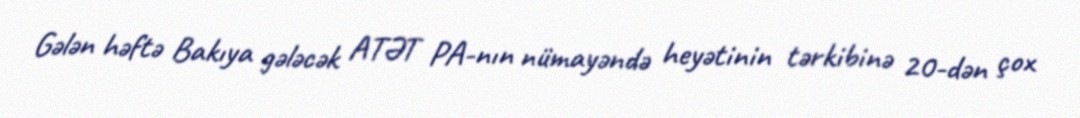
Gələn həftə Bakıya gələcək ATƏT PA-nın nümayəndə heyətinin tərkibinə 20-dən çox